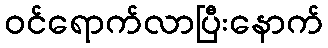
ဝင်ရောက်လာပြီးနောက်